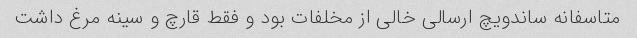
متاسفانه ساندویچ ارسالی خالی از مخلفات بود و فقط قارچ و سینه مرغ داشت